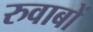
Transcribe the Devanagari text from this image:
रुवाबों